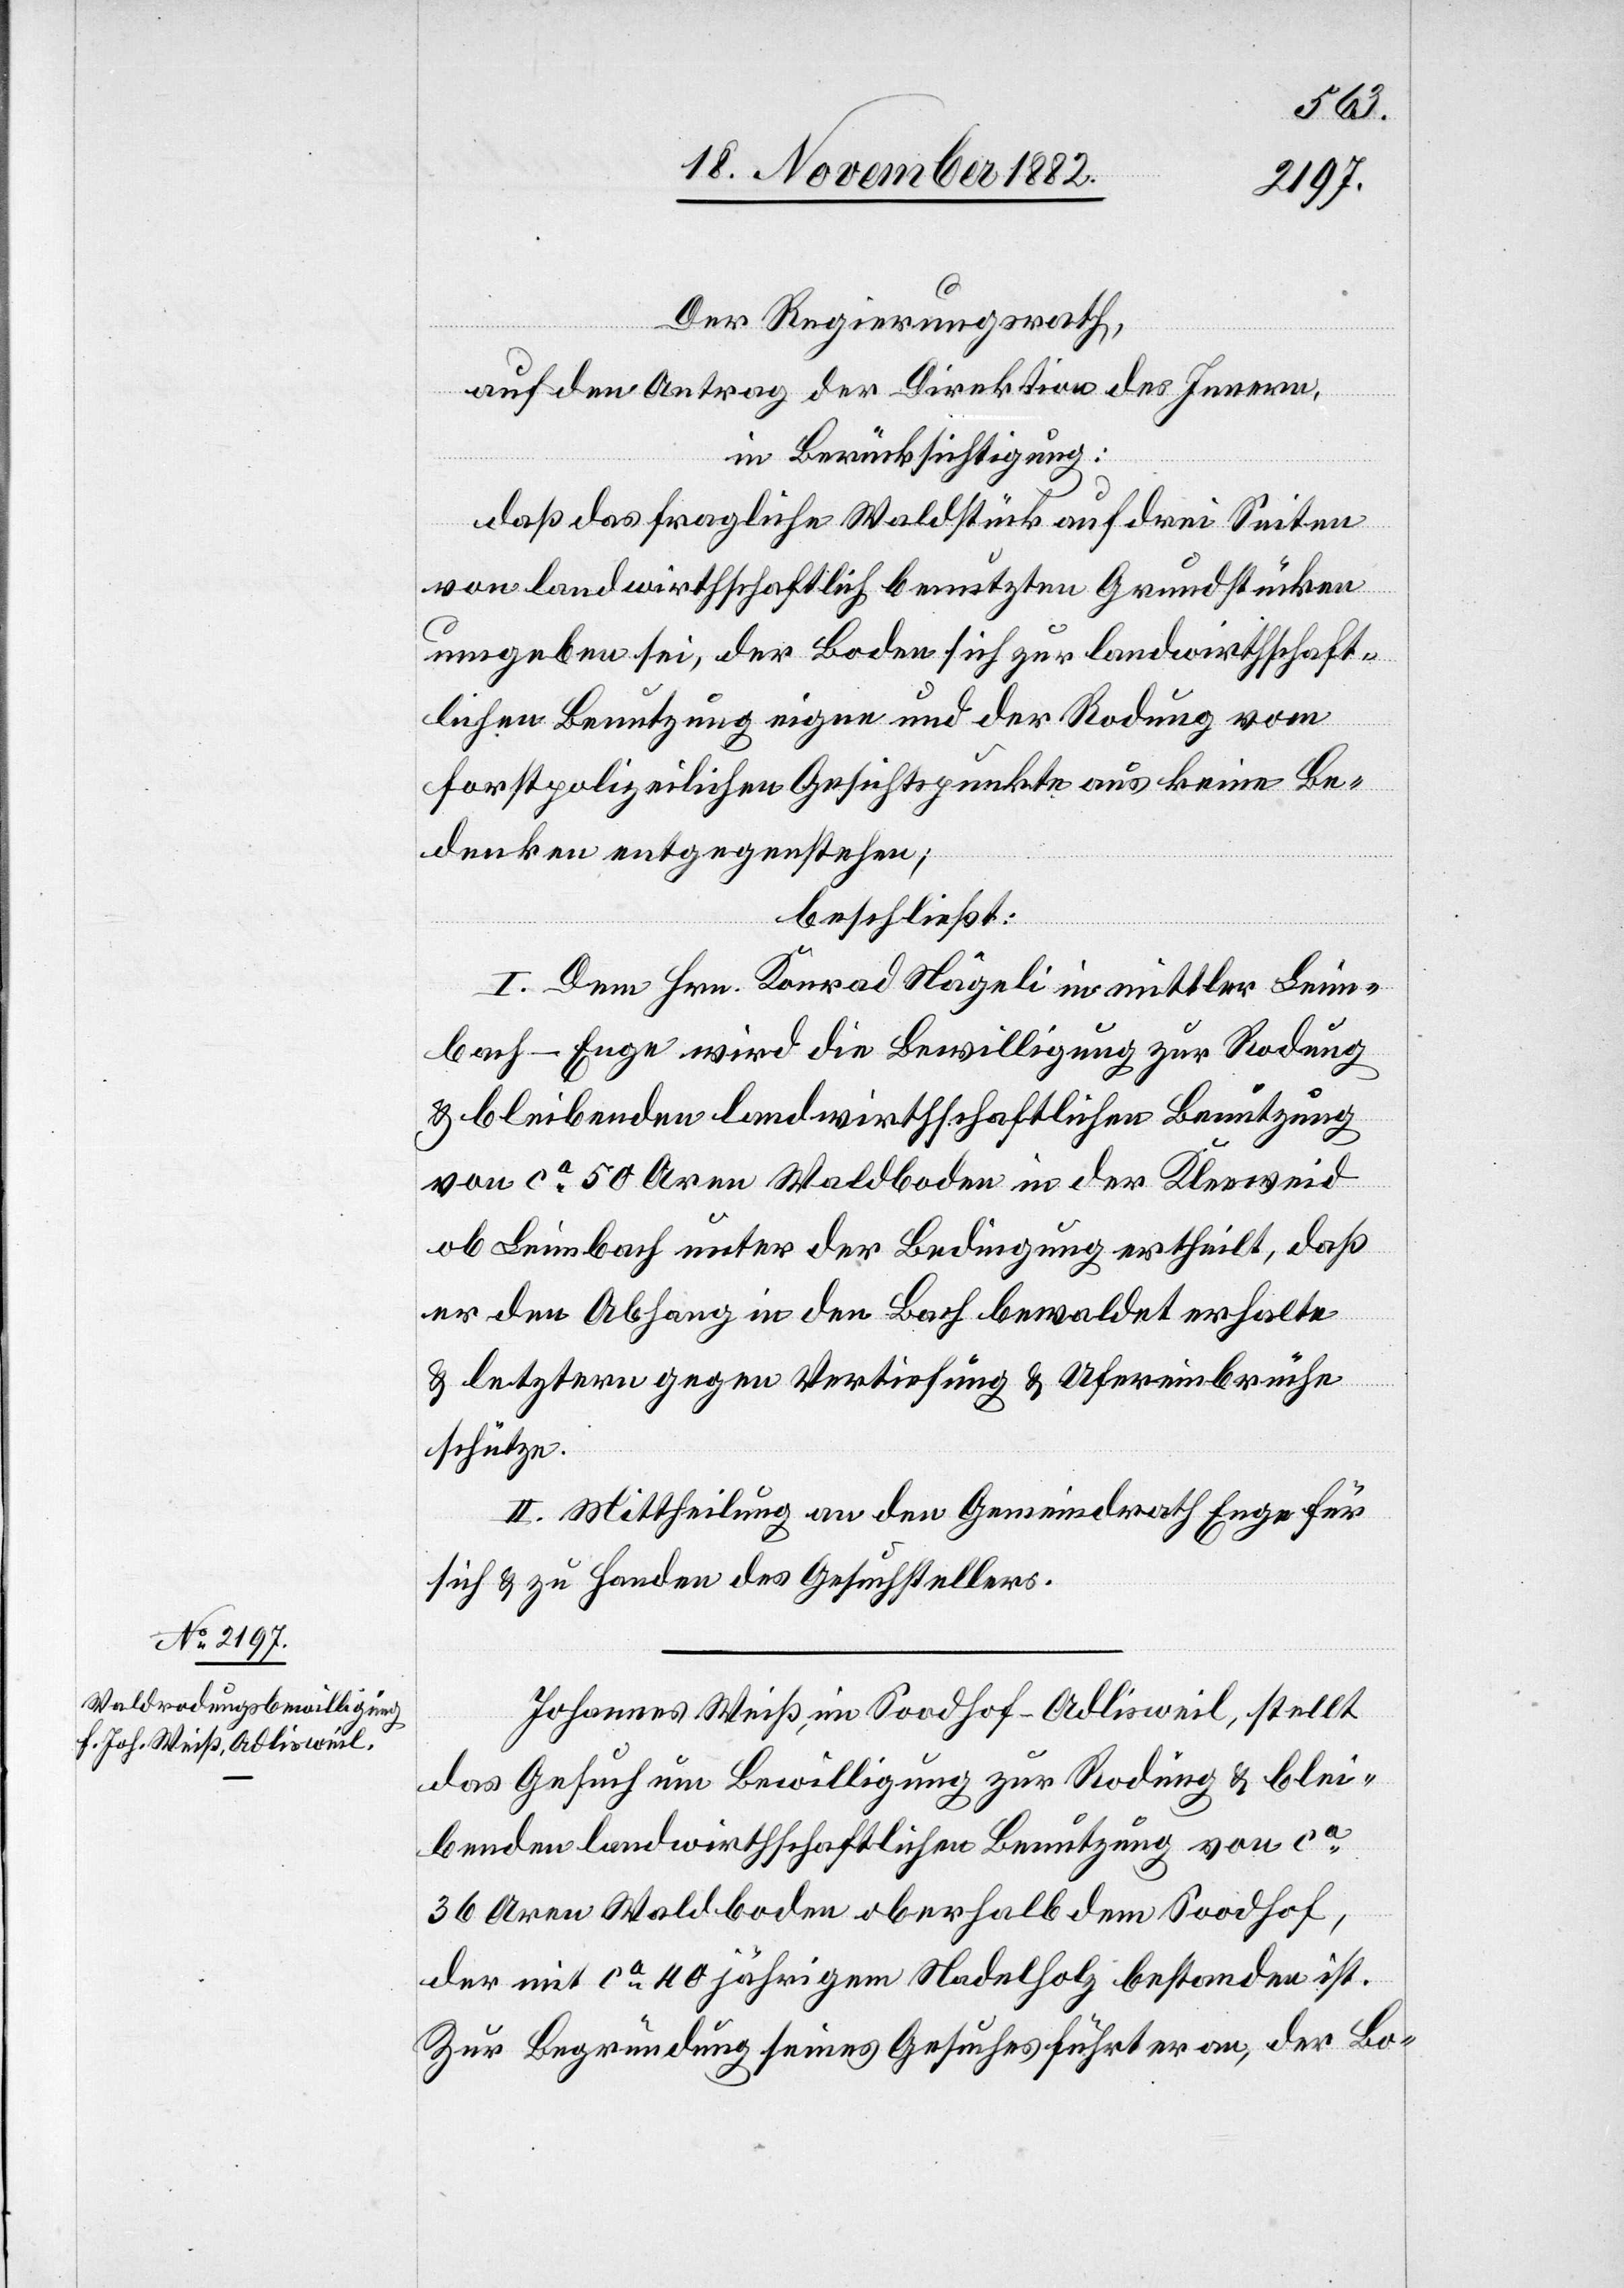
Der Regierungsrath,
auf den Antrag der Direktion des Innern,
in Berücksichtigung:
daß das fragliche Waldstück auf drei Seiten
von landwirthschaftlich benutzten Grundstücken
umgeben sei, der Boden sich zur landwirthschaft¬
lichen Benutzung eigne und der Rodung vom
forstpolizeilichen Gesichtspunkte aus keine Be¬
denken entgegenstehen;
beschließt:
I. Dem Hrn. Konrad Nägeli in mittler Leim¬
bach - Enge wird die Bewilligung zur Rodung
& bleibenden landwirthschaftlichen Benützung
von ca 50 Aren Waldboden in der Kleeweid
ob Leimbach unter der Bedingung ertheilt, daß
er den Abhang in den Bach bewaldet erhalte
& letztern gegen Vertiefung & Ufereinbrüche
schütze.
II. Mittheilung an den Gemeindrath Enge für
sich & zu Handen des Gesuchstellers.
Johannes Weiß, im Soodhof - Adlisweil, stellt
das Gesuch um Bewilligung zur Rodung & blei¬
benden landwirthschaftlichen Benutzung von ca
36 Aren Waldboden oberhalb dem Soodhof,
der mit ca 40 jährigem Nadelholz bestanden ist.
Zur Begründung seines Gesuches führt er an, der Bo-